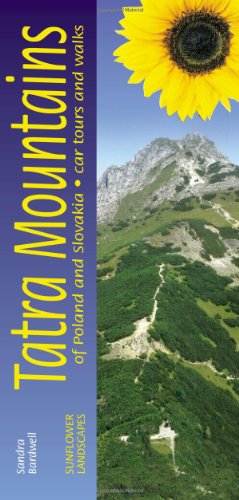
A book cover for Landscapes Of The Tatra Mountains: Of Poland And Slovakia: A Countryside Guide (Sunflower Landscapes S.); Sandra Bardwell; Travel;